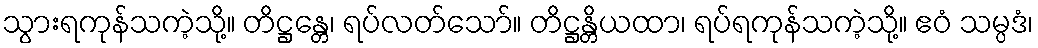
သွားရကုန်သကဲ့သို့။ တိဋ္ဌန္တေ၊ ရပ်လတ်သော်။ တိဋ္ဌန္တိယထာ၊ ရပ်ရကုန်သကဲ့သို့။ ဧဝံ သမ္ပဒံ၊